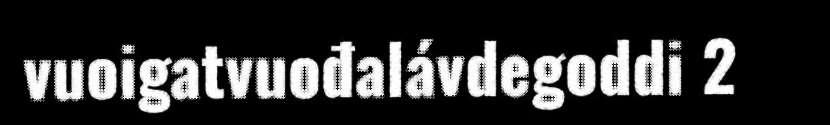
vuoigatvuođalávdegoddi 2